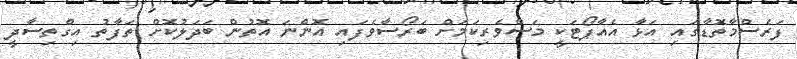
ފަރެސްމާތޮޑާގައި އަޅާ އެއާޕޯޓަކީ މަސްވެރިކަމަށް ބަރޯސާވެފައި އޮންނަ އޮތުން ބަދަލުކޮށް ތަފާތު އިގްތިސާދީ